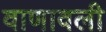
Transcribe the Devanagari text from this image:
वाणावली